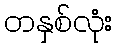
တနှစ်လုံး